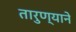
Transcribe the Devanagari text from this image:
तारुण्याने